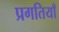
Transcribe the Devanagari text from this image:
प्रगतियाँ